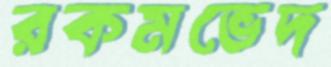
রকমভেদ